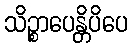
သိဉ္စာပေန္တိပိပေ